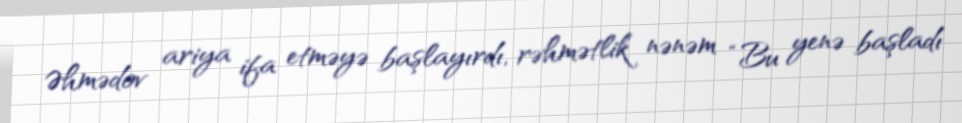
Əhmədov ariya ifa etməyə başlayırdı, rəhmətlik nənəm “Bu yenə başladı